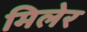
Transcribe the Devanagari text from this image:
मिलेर